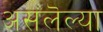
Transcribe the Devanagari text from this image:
असलॆल्या